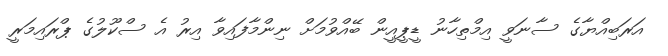
އަރަބިއްޔާގެ ސާނަވީ އިމްތިހާނު ޑީޕީއީން ބޭއްވުމަށް ނިންމާފައިވާ އިރު އެ ސްކޫލުގެ ޕްރައިމަރީ